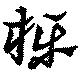
櫟